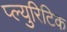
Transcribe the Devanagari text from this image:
प्ल्युरिटिक